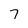
Character: 7